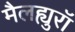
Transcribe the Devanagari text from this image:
मैलह्युरॉ